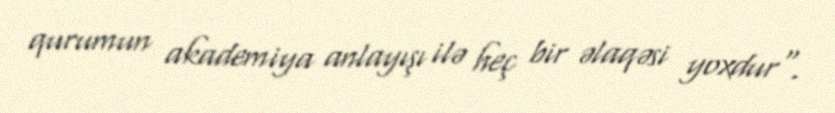
qurumun akademiya anlayışı ilə heç bir əlaqəsi yoxdur".